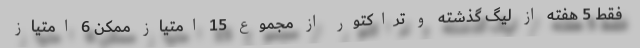
فقط 5 هفته از لیگ گذشته و تراکتور از مجموع 15 امتیاز ممکن 6 امتیاز